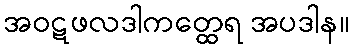
အဝဋဖလဒါကတ္ထေရ အပဒါန။